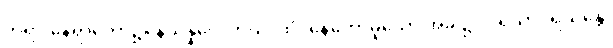
ဘုရားနေရာတော်၌။ နိသိန္နဝေလာယ၊ ထိုင်နေတော်မူသော အခါ၌။ ပရိသာပရိယန္တေ၊